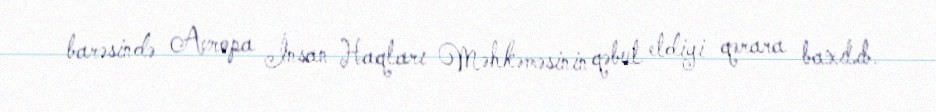
barəsində Avropa İnsan Haqları Məhkəməsinin qəbul etdiyi qərara baxılıb.